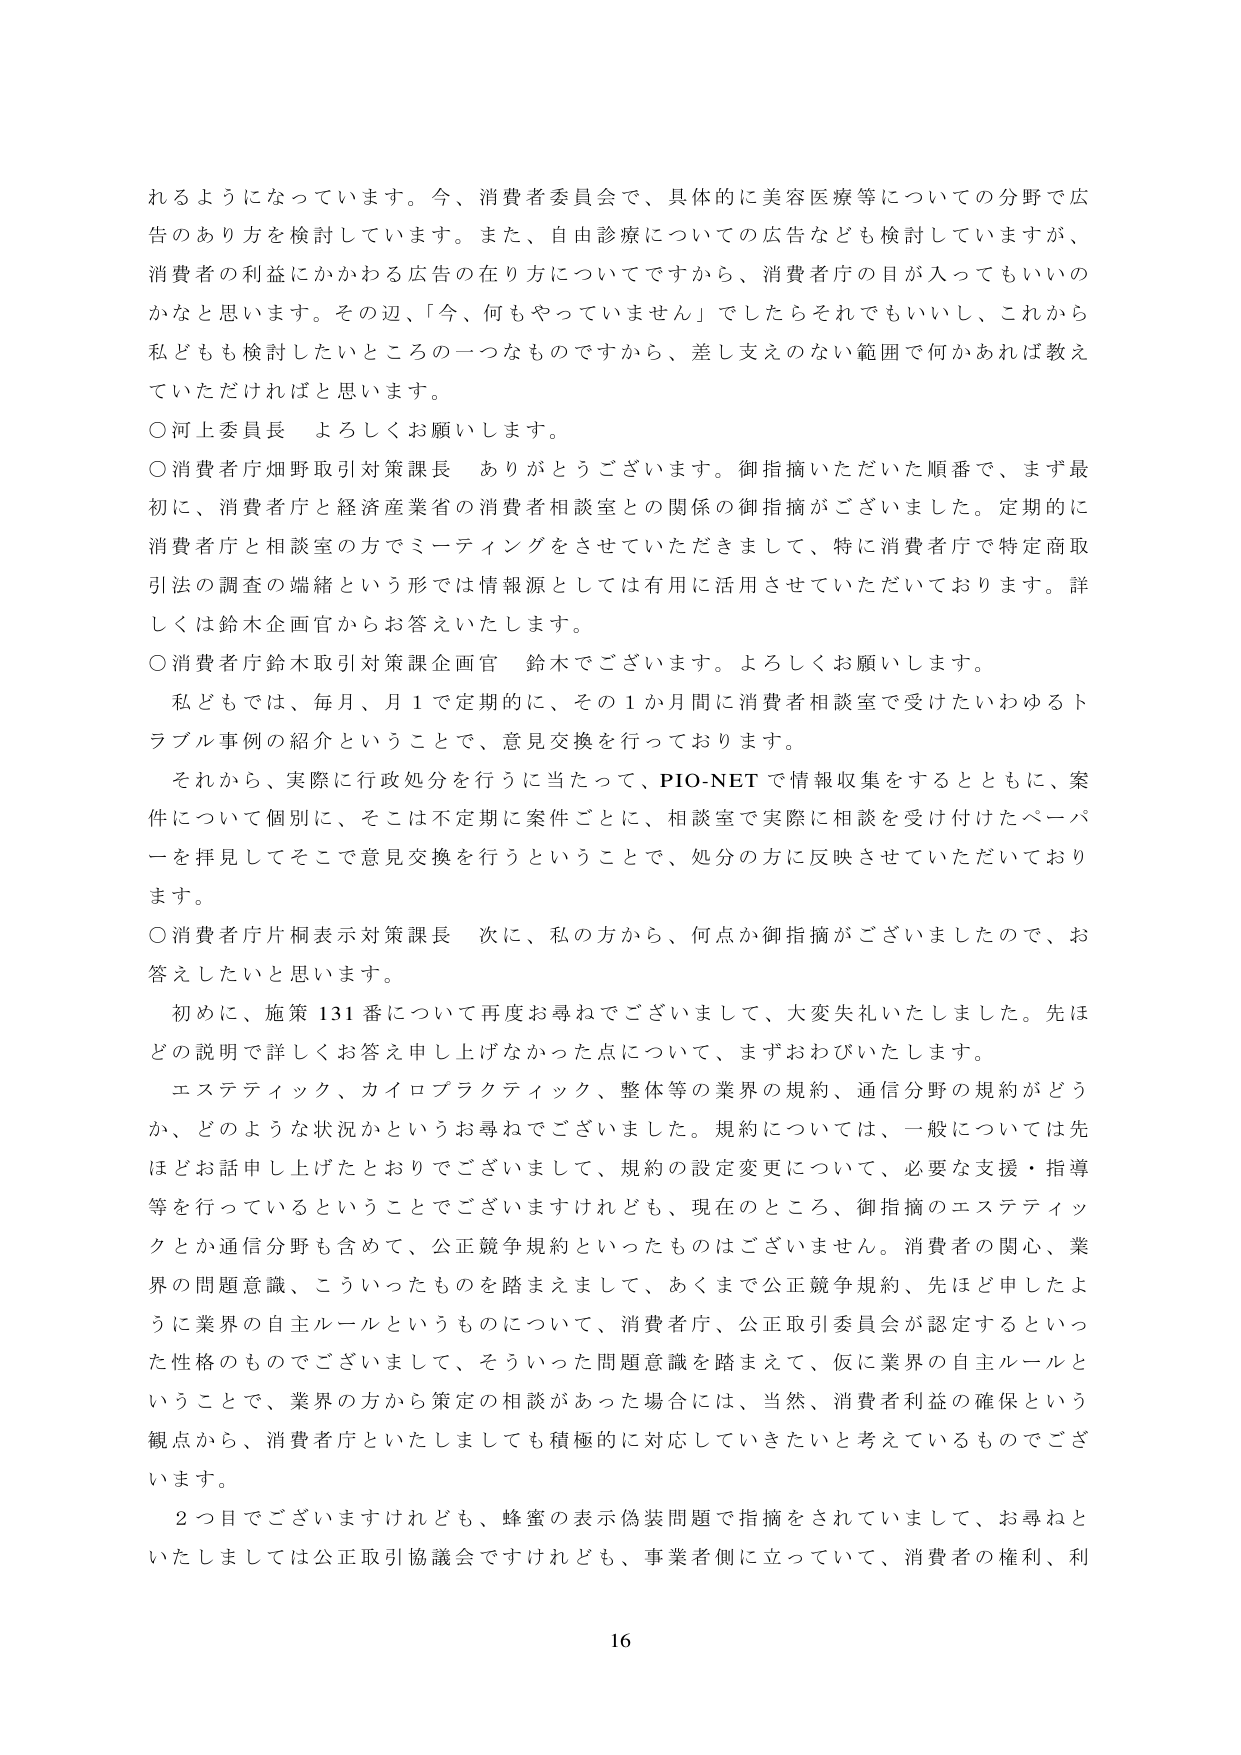
れるようになっています。今、消費者委員会で、具体的に美容医療等についての分野で広告のあり方を検討しています。また、自由診療についての広告なども検討していますが、消費者の利益にかかわる広告の在り方についてですから、消費者庁の目が入ってもいいのかなと思います。その辺、「今、何もやっていません」でしたらそれでもいいし、これから私どもも検討したいところの一つなものですから、差し支えのない範囲で何かあれば教えていただければと思います。

○河上委員長 よろしくお願いします。

○消費者庁畑野取引対策課長 ありがとうございます。御指摘いただいた順番で、まず最初に、消費者庁と経済産業省の消費者相談室との関係の御指摘がございました。定期的に消費者庁と相談室の方でミーティングをさせていただきまして、特に消費者庁で特定商取引法の調査の端緒という形では情報源としては有用に活用させていただいております。詳しくは鈴木企画官からお答えいたします。

○消費者庁鈴木取引対策課企画官 鈴木でございます。よろしくお願いします。

私どもでは、毎月、月1で定期的に、その1か月間に消費者相談室で受けたいわゆるトラブル事例の紹介ということで、意見交換を行っております。

それから、実際に行政処分を行うに当たって、PIO-NETで情報収集をするとともに、案件について個別に、そこは不定期に案件ごとに、相談室で実際に相談を受け付けたペーパーを拝見してそこで意見交換を行うということで、処分の方に反映させていただいております。

○消費者庁片桐表示対策課長 次に、私の方から、何点か御指摘がございましたので、お答えしたいと思います。

初めに、施策131番について再度お尋ねでございまして、大変失礼いたしました。先ほどの説明で詳しくお答え申し上げなかった点について、まずおわびいたします。

エステティック、カイロプラクティック、整体等の業界の規約、通信分野の規約がどうか、どのような状況かというお尋ねでございました。規約については、一般については先ほどお話申し上げたとおりでございまして、規約の設定変更について、必要な支援・指導等を行っているということでございますけれども、現在のところ、御指摘のエステティックとか通信分野も含めて、公正競争規約といったものはありません。消費者の関心、業界の問題意識、こういったものを踏まえまして、あくまで公正競争規約、先ほど申しましたように業界の自主ルールというものについて、消費者庁、公正取引委員会が認定するといった性格のものでございまして、そういった問題意識を踏まえて、仮に業界の自主ルールということで、業界の方から策定の相談があった場合には、当然、消費者利益の確保という観点から、消費者庁といたしましても積極的に対応していきたいと考えているものでございます。

2つ目でございますけれども、蜂蜜の表示偽装問題で指摘をされていまして、お尋ねといたしましては公正取引協議会ですけれども、事業者側に立っていて、消費者の権利、利

16